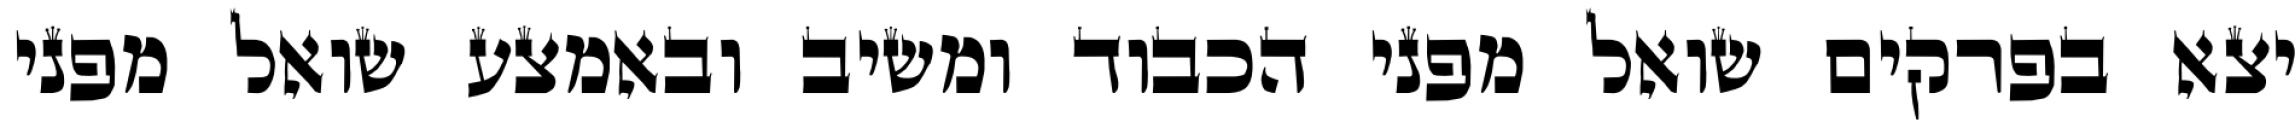
יצא בפרקים שואל מפני הכבוד ומשיב ובאמצע שואל מפני